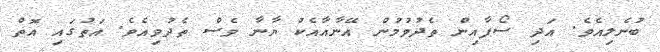
ބުނެލިއެވެ. އަދި ސޯފާއިން ތެދުވުމުން އޭނާއާއެކު ޔާނާ ވެސް ތެދުވިއެވެ. އަތުގައި އޮތް